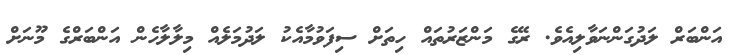
އަންބަރް ލަދުގަންނަވާލިއެވެ. ރޭގެ މަންޒަރުތައް ހިތަށް ސިފަވުމާއެކު ލަދުމަލެއް މިލާލާހެން އަންބަރްގެ މޫނަށް